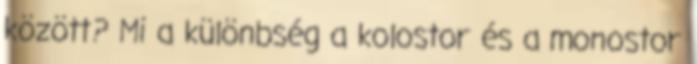
között? Mi a különbség a kolostor és a monostor